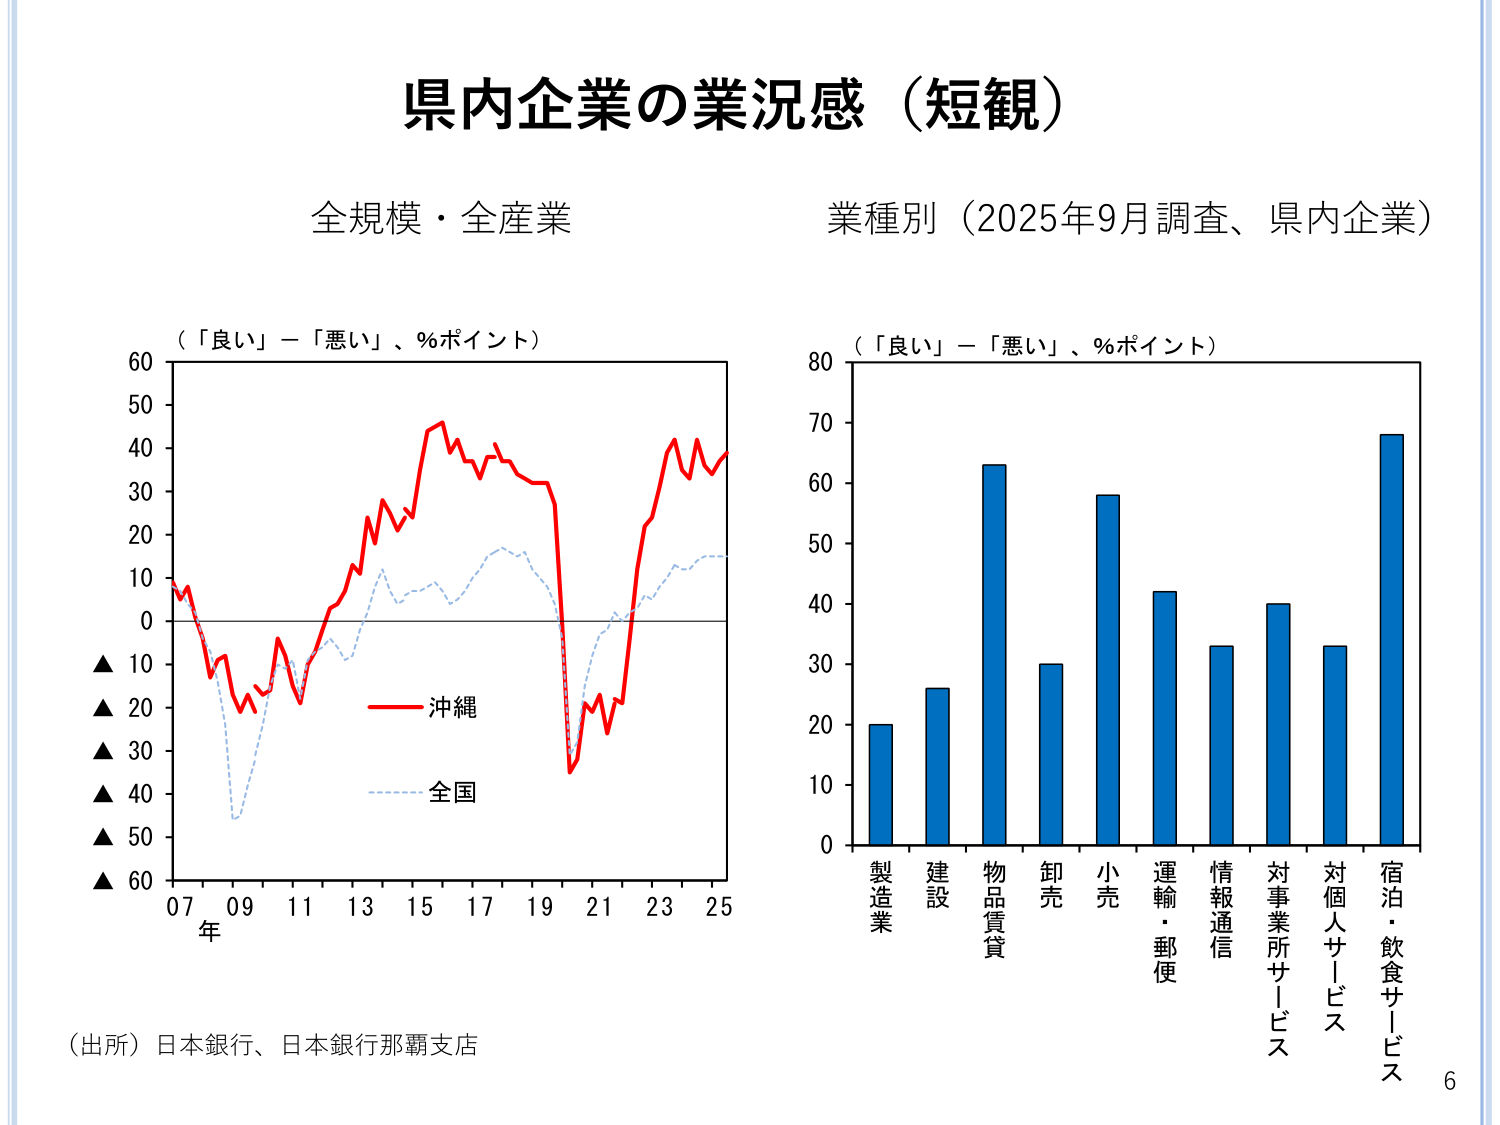
県内企業の業況感（短観）

全規模・全産業

（「良い」－「悪い」、％ポイント）

▲ 60
▲ 50
▲ 40
▲ 30
▲ 20
▲ 10
▲ 0
▲ -10
▲ -20
▲ -30
▲ -40
▲ -50
▲ -60

07 09 11 13 15 17 19 21 23 25
年

ー 沖縄
--- 全国

業種別（2025年9月調査、県内企業）

（「良い」－「悪い」、％ポイント）

80
70
60
50
40
30
20
10
0

製造業
建設
物品賃貸
卸売
小売
運輸・郵便
情報通信
対事業所サービス
対個人サービス
宿泊・飲食サービス

（出所）日本銀行、日本銀行那覇支店

6